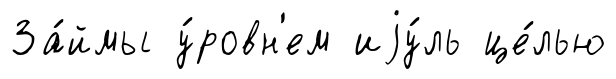
За́ймы у́ровн'ем иjу́ль це́лью